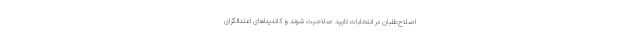
اصلاح‌طلبان در انتخابات تایید صلاحیت شوند و کاندیداهای اعتدالگرای